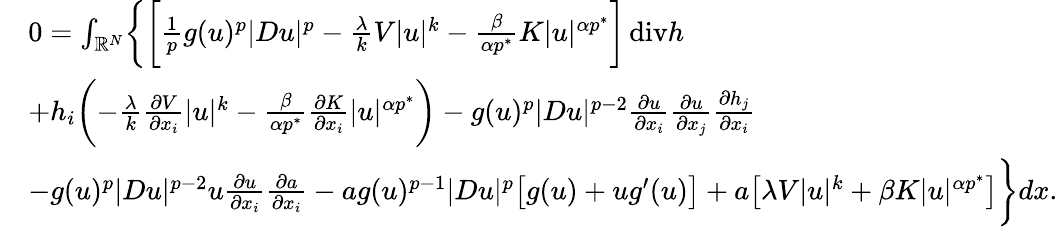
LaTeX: \begin{array}{rl}&{0=\int_{\mathbb R^{N}}\biggl\{ \biggl[\frac 1pg(u)^{p}|Du|^{p}-\frac\lambda kV|u|^{k}-\frac{\beta}{\alpha p^{*}}K|u|^{\alpha p^{*}}\biggr]\, \mathrm{div}h}\\ &{+h_{i}\biggl(-\frac{\lambda}{k}\frac{\partial V}{\partial x_{i}}|u|^{k}-\frac{\beta}{\alpha p^{*}}\frac{\partial K}{\partial x_{i}}|u|^{\alpha p^{*}}\biggr)-g(u)^{p}|Du|^{p-2}\frac{\partial u}{\partial x_{i}}\frac{\partial u}{\partial x_{j}}\frac{\partial h_{j}}{\partial x_{i}}}\\ &{-g(u)^{p}|Du|^{p-2}u\frac{\partial u}{\partial x_{i}}\frac{\partial a}{\partial x_{i}}-ag(u)^{p-1}|Du|^{p}\bigl[g(u)+ug^{\prime}(u)\bigr]+a\bigl[\lambda V|u|^{k}+\beta K|u|^{\alpha p^{*}}\bigr]\biggr\} dx.}\end{array}